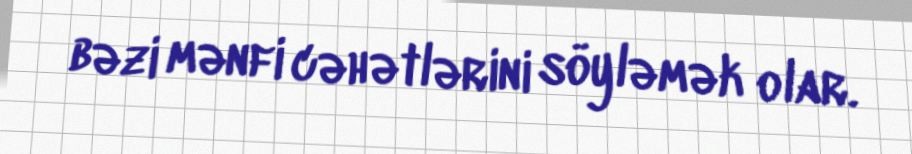
bəzi mənfi cəhətlərini söyləmək olar.